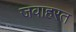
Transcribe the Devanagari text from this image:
जवाहरत